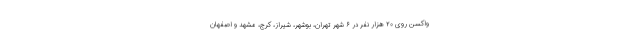
واکسن روی ۲۰ هزار نفر در ۶ شهر تهران، بوشهر، شیراز، کرج، مشهد و اصفهان